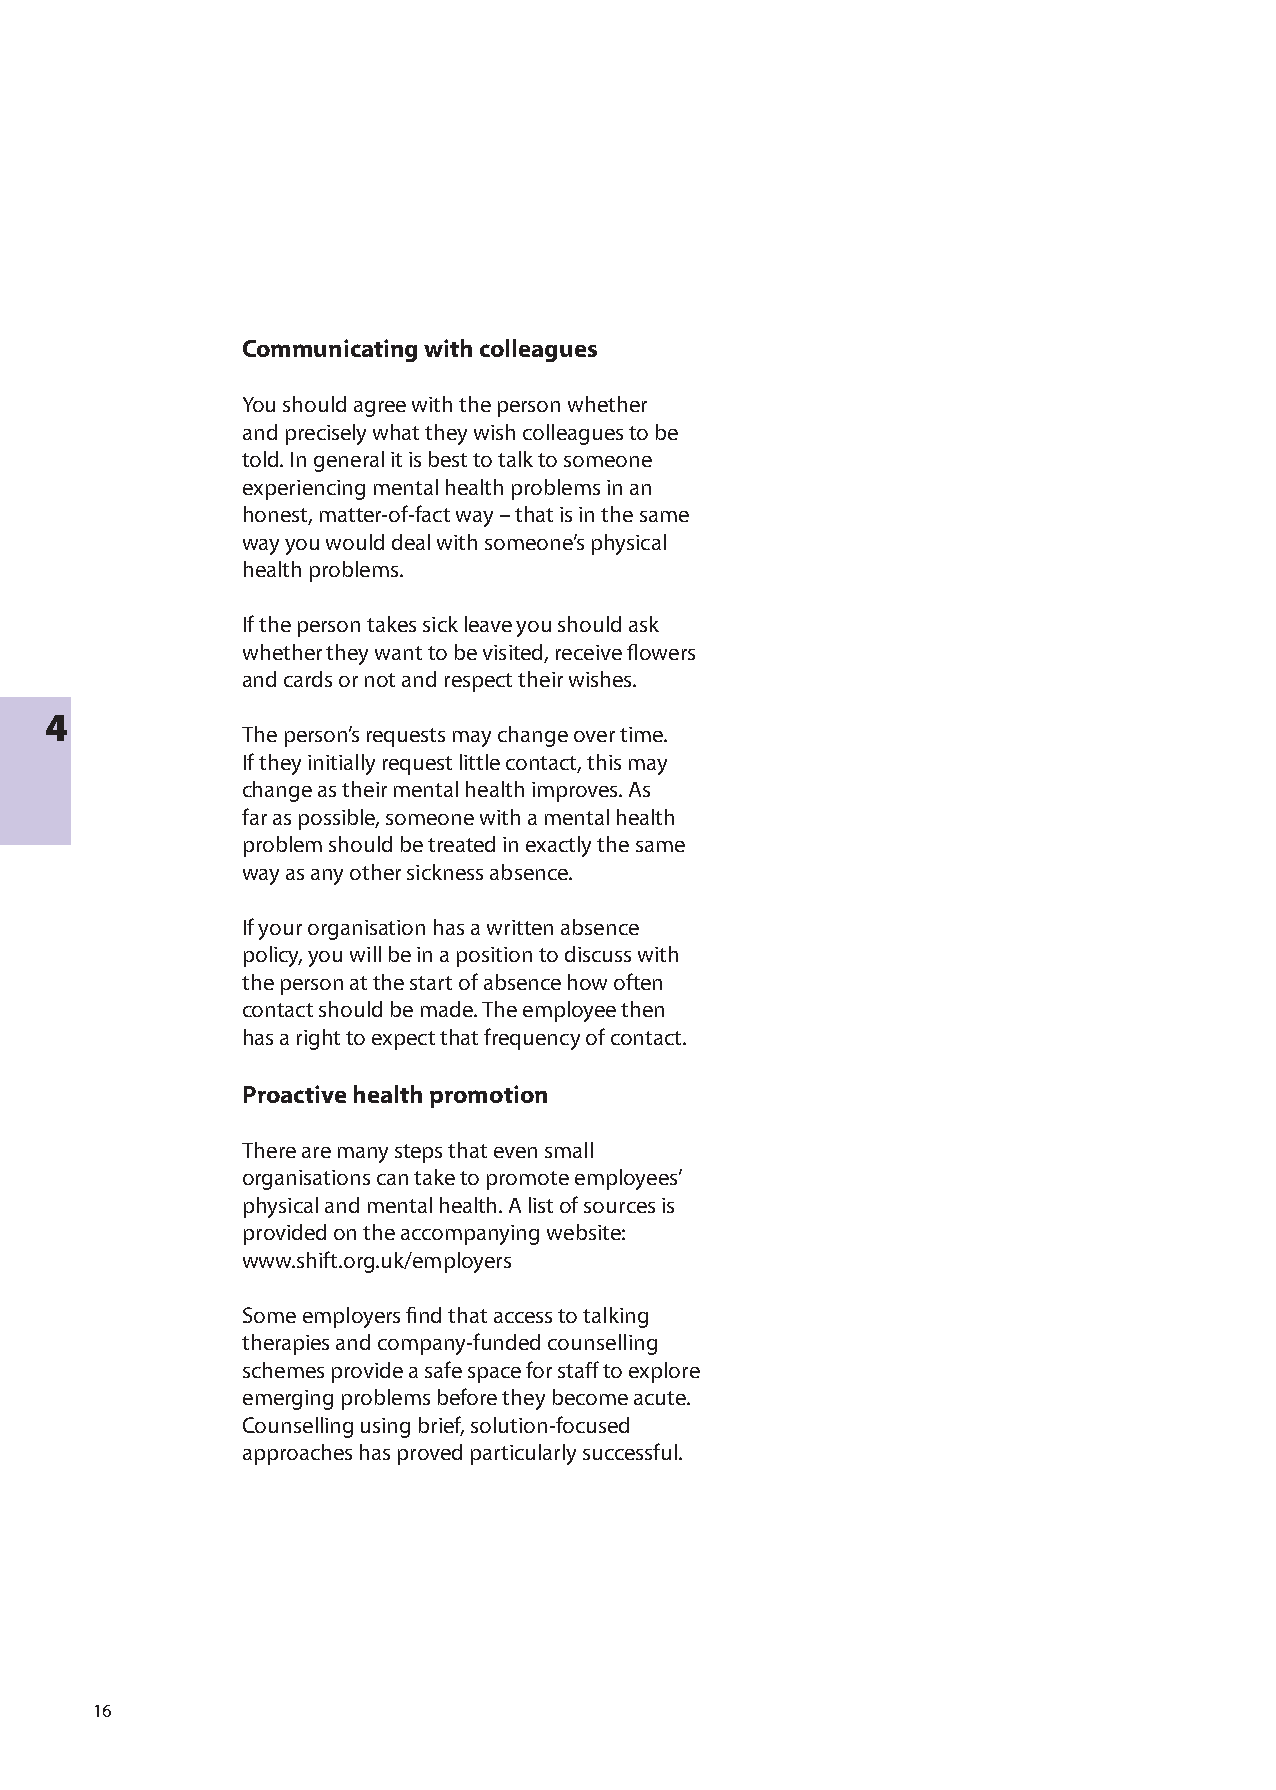
Keeping       in  touch      during      sickness      absence
 Communicating with colleagues
 You should agree with the person whether
 and precisely what they wish colleagues to be
 told. In general it is best to talk to someone
 experiencing mental health problems in an
 honest, matter-of-fact way – that is in the same
 way you would deal with someone’s physical
 health problems.
 If the person takes sick leave you should ask
 whether they want to be visited, receive flowers
 and cards or not and respect their wishes.
 4
 The person’s requests may change over time.
 If they initially request little contact, this may
 change as their mental health improves. As
 far as possible, someone with a mental health
 problem should be treated in exactly the same
 way as any other sickness absence.
 If your organisation has a written absence
 policy, you will be in a position to discuss with
 the person at the start of absence how often
 contact should be made. The employee then
 has a right to expect that frequency of contact.
 Proactive health promotion
 There are many steps that even small
 organisations can take to promote employees’
 physical and mental health. A list of sources is
 provided on the accompanying website:
 www.shift.org.uk/employers
 Some employers find that access to talking
 therapies and company-funded counselling
 schemes provide a safe space for staff to explore
 emerging problems before they become acute.
 Counselling using brief, solution-focused
 approaches has proved particularly successful.
 